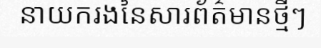
នាយករងនៃសារព័ត៌មានថ្មីៗ